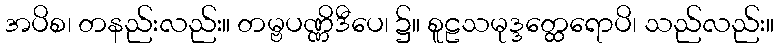
အပိစ၊ တနည်းလည်း။ တမ္ဗပဏ္ဏိဒီပေ၊ ၌။ စူဠသမုဒ္ဒတ္ထေရောပိ၊ သည်လည်း။